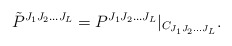
\begin{align*}{\tilde P}^{J_{1}J_{2} \ldots J_{L}}=P^{J_{1}J_{2} \ldots J_{L}}|_{C_{J_{1}J_{2} \ldots J_{L}}}.\end{align*}